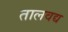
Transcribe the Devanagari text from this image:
तालवद्य